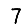
Digit: 7